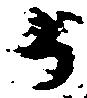
か